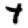
Digit: 4